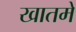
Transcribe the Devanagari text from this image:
खातमे